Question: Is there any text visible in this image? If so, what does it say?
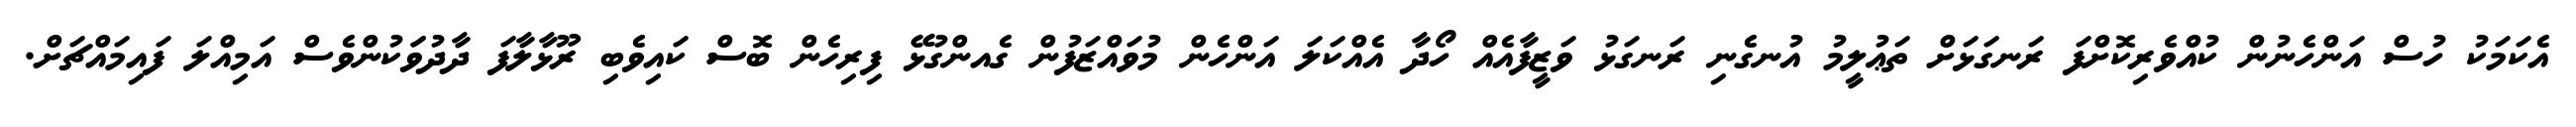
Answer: އެކަމަކު ހުސް އަންހެނުން ކުއްވެރިކޮށްފަ ރަނގަޅަށް ތަޢުލީމު އުނގެނި ރަނގަޅު ވަޒީފާއެއް ހޯދާ އެއްކަލަ އަންހެން މުވައްޒަފުން ގެއންގުޅޭ ފިރިހެން ބޮސް ކައިވެބި ރޫޅާލާފަ ދާދުވަަކުންވެސް އަމިއްލަ ފައިމައްޗަށް.